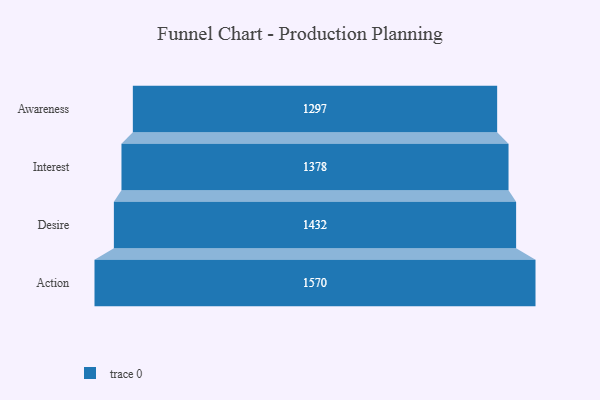
{"axis": {"x": "Stage", "y": "Value"}, "legend": [""], "data": [{"x": "Awareness", "y": 1297.0, "type": ""}, {"x": "Interest", "y": 1378.0, "type": ""}, {"x": "Desire", "y": 1432.0, "type": ""}, {"x": "Action", "y": 1570.0, "type": ""}]}